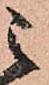
之